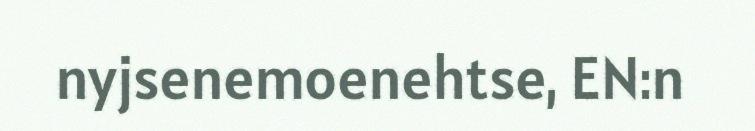
nyjsenemoenehtse, EN:n